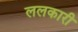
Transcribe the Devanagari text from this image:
ललकारी